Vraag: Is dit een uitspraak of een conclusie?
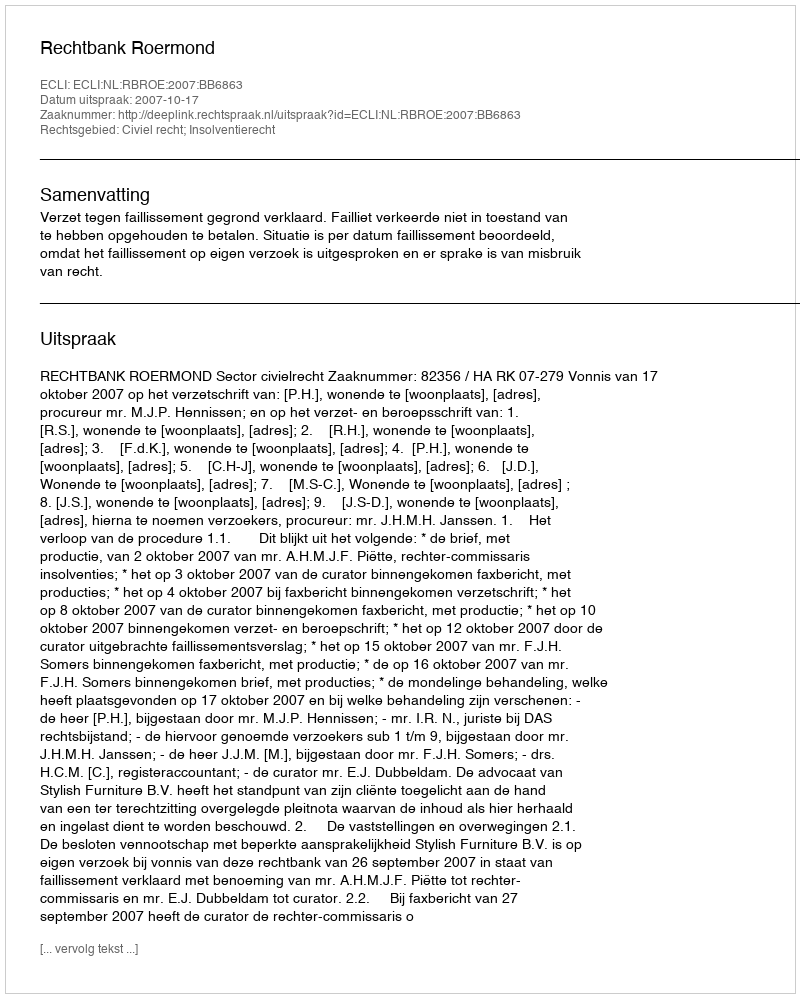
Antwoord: Uitspraak